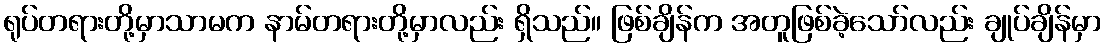
ရုပ်တရားတို့မှာသာမက နာမ်တရားတို့မှာလည်း ရှိသည်။ ဖြစ်ချိန်က အတူဖြစ်ခဲ့သော်လည်း ချုပ်ချိန်မှာ